Annual report of the Civil Veterinary Department, Bengal, for the year 1897-98 - 1897-1898
Year: 1897
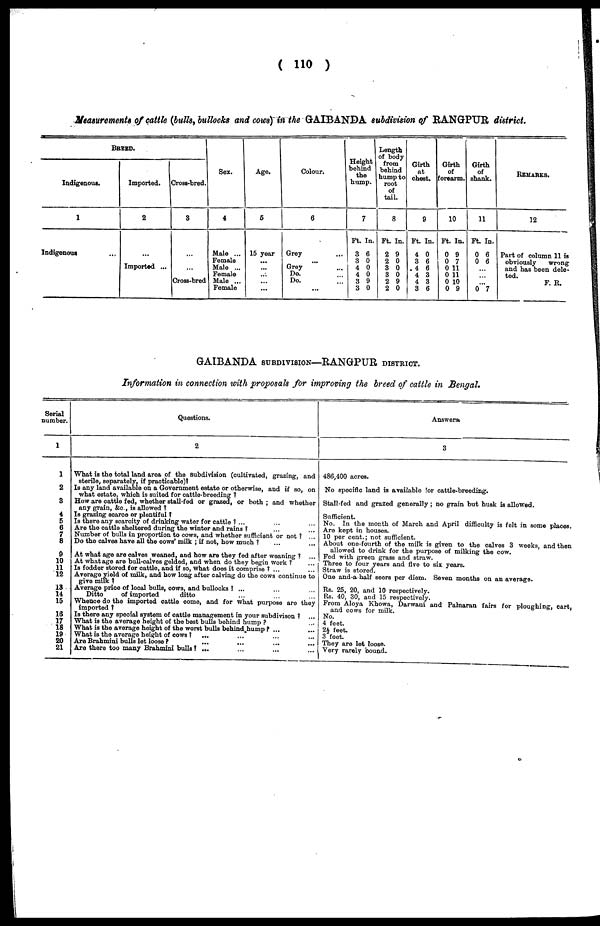
(110)
Measurements of cattle (bulls, bullocks and cows) in the GAIBANDA subdivision of RANGPUR district.
BREED.
Indigenous.
1
Indigenous ...
Imported. 1
2
...
Imported ...
Cross-bred.
8
...
...
Cross-bred
Sex.
4
Male ...
Female
Male ...
Female
Male ...
Female
Ago.
5
15 year
...
...
...
...
...
Colour.
6
Grey ...
...
Grey ...
Do. ...
Do. ...
...
Height
behind
the
hump.
7
Ft. In.
3 6
3 0
4 0
4 0
3 9
3 0
Length
of body
from
behind
hump to
root
of
tail.
8
Ft. In.
2 9
2 0
3 0
3 0
2 9
2 0
Girth
at
chest.
9
Ft. In.
4 0
3 6
4 6
4 3
4 3
3 6
Girth
of
forearm.
10
Ft. In.
0 9
0 7
0 11
0 11
0 10
0 9
Girth
of
shank.
11
Ft. In.
0 6
0 6
...
...
... 0 7
REMARKS.
12
Part of column 11 is
obviously
wrong
and has been dole-
tod.
F. R.
GAIBANDA SUBDIVISIONNGPUR DISTRICT.
Information in connection with proposals for improving the breed of cattle in Bengal.
Serial
number.
1
1
2
8
4
6
6
7
8
9
10
11
12
13
14
15
16
17
18
19
20
21
Questions.
2
What is the total land area of the Subdivision (cultivated, grazing, and
sterile, separately, if practicable)?
Is any land available on a Government estate or otherwise, and if so, on
what estate, which is suited for cattle-breeding?
How are cattle fed, whether stall-fed or grazed, or both; and whether
any grain, &c., is allowed?
Is grazing scarce or plentiful?
Is there any scarcity of drinking water for cattle? ... ... ...
Are the cattle sheltered during the winter and rains? ... ...
Number of bulls in proportion to cows, and whether sufficient or not? ...
Do the calves have all the cows' milk; if not, how much? ... ...
At what age are calves weaned, and how are they fed after weaning? ...
At whatage are bull-calves gelded, and when do they begin work? ...
Is fodder stored for cattle, and if so, what does it comprise? ... ...
Average yield of milk, and how long after calving do the cows continue to
give milk?
Average price of local bulls, cows, and bullocks ? ... ... ...
Ditto
of imported
ditto ... ... ...
Whence do the imported cattle come, and for what purpose are they
imported?
Is there any special system of cattle management in your subdivison? ...
What is the average height of the best bulls behind hump? ...
What is the average height of the worst bulls behind hump? ... ...
What is the average height of cows?
... ... ... ...
Are Brahmini bulls let loose? ... ... ... ...
Are there too many Brahmini bulls? ... ... ... ...
Answers.
3
486,400 acres.
No specific land is available :or cattle-breeding.
Stall-fed and grazed generally; no grain but husk is allowed.
Sufficient.
No. In the month of March and April difficulty is felt in some places.
Are kept in houses.
10 per cent.; not sufficient.
About one-fourth of the milk is given to the calves 3 weeks, and then
allowed to drink for the purpose of milking the cow.
Fed with green grass and straw.
Three to four years and five to six years.
Straw is stored.
One and-a half seers per diem. Seven months on an average.
Rs. 25, 20, and 10 respectively.
Rs. 40, 30, and 15 respectively.
From Aloya Khowa, Darwani and Palnaran fairs for ploughing, cart,
and cows for milk.
No.
4 foot.
2½ feet.
3 foot.
They are lot loose.
Very rarely bound.